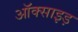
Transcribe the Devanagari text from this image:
ऑक्साइड़